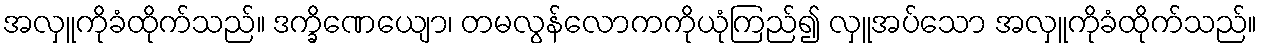
အလှူကိုခံထိုက်သည်။ ဒက္ခိဏေယျော၊ တမလွန်လောကကိုယုံကြည်၍ လှူအပ်သော အလှူကိုခံထိုက်သည်။